Scientific memoirs by medical officers of the Army of India - Part VIII,
Year: 1894
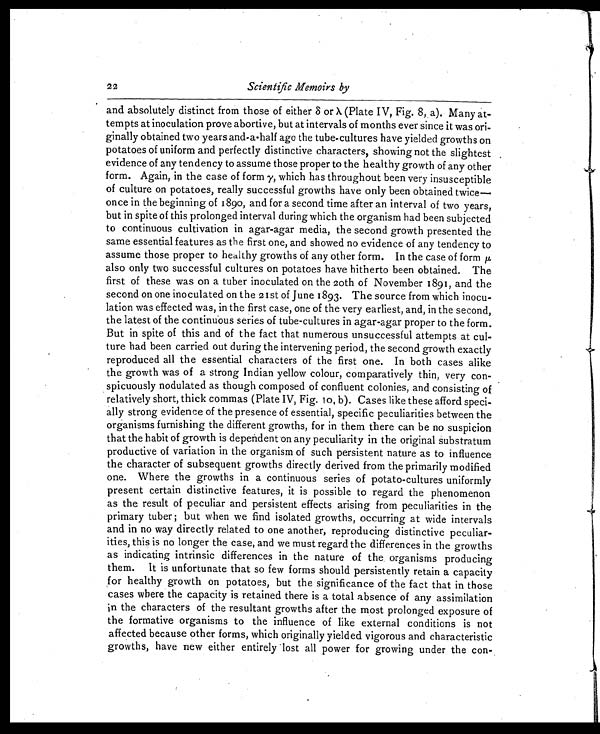
22
Scientific Memoirs by
and absolutely distinct from those of either δ or λ (Plate IV, Fig. 8, a). Many at-
tempts at inoculation prove abortive, but at intervals of months ever since it was ori-
ginally obtained two years and-a-half ago the tube-cultures have yielded growths on
potatoes of uniform and perfectly distinctive characters, showing not the slightest
evidence of any tendency to assume those proper to the healthy growth of any other
form. Again, in the case of form y, which has throughout been very insusceptible
of culture on potatoes, really successful growths have only been obtained twice—
once in the beginning of 189o, and for a second time after an interval of two years,
but in spite of this prolonged interval during which the organism had been subjected
to continuous cultivation in agar-agar media, the second growth presented the
same essential features as the first one, and showed no evidence of any tendency to
assume those proper to healthy growths of any other form. In the case of form μ
also only two successful cultures on potatoes have hitherto been obtained. The
first of these was on a tuber inoculated on the loth of November 1891, and the
second on one inoculated on the 21st of June 18 93. The source from which inocu-
lation was effected was, in the first case, one of the very earliest, and, in the second,
the latest of the continuous series of tube-cultures in agar-agar proper to the form.
But in spite of this and of the fact that numerous unsuccessful attempts at cul-
ture had been carried out during the intervening period, the second growth exactly
reproduced all the essential characters of the first one. In both cases alike
the growth was of a strong Indian yellow colour, comparatively thin, very con-
spicuously nodulated as though composed of confluent colonies, and consisting of
relatively short, thick commas (Plate IV, Fig. 10, b). Cases like these afford speci-
ally strong evidence of the presence of essential, specific peculiarities between the
organisms furnishing the different growths, for in them there can be no suspicion
that the habit of growth is dependent on any peculiarity in the original substratum
productive of variation in the organism of such persistent nature as to influence
the character of subsequent growths directly derived from the primarily modified
one. Where the growths in a continuous series of potato-cultures uniformly
present certain distinctive features, it is possible to regard the phenomenon
as the result of peculiar and persistent effects arising from peculiarities in the
primary tuber ; but when we find isolated growths, occurring at wide intervals
and in no way directly related to one another, reproducing distinctive peculiar-
ities, this is no longer the case, and we must regard the differences in the growths
as indicating intrinsic differences in the nature of the organisms producing
them. It is unfortunate that so few forms should persistently retain a capacity
for healthy growth on potatoes, but the significance of the fact that in those
cases where the capacity is retained there is a total absence of any assimilation
in the characters of the resultant growths after the most prolonged exposure of
the formative organisms to the influence of like external conditions is not
affected because other forms, which originally yielded vigorous and characteristic
growths, have new either entirely lost all power for growing under the con-